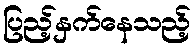
ပြည့်နှက်နေသည့်